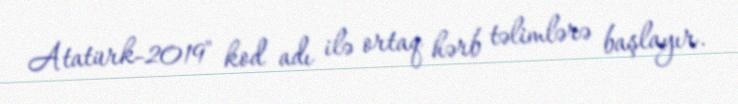
Atatürk-2019" kod adı ilə ortaq hərb təlimlərə başlayır.